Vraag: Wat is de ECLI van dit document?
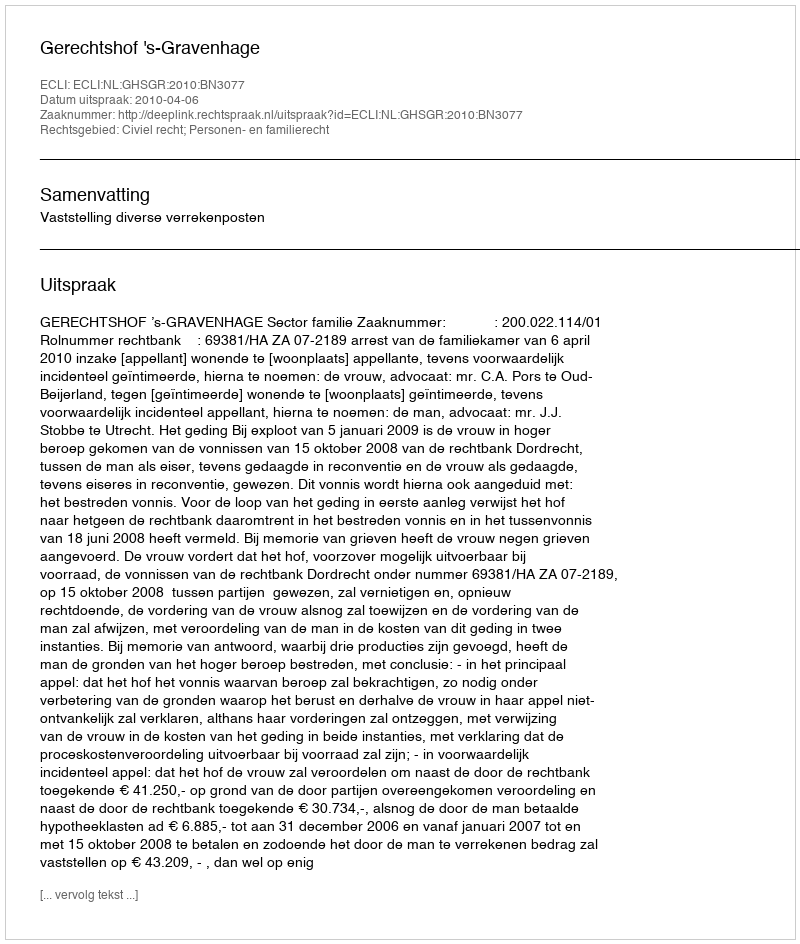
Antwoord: ECLI:NL:GHSGR:2010:BN3077